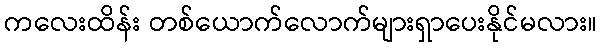
ကလေးထိန်း တစ်ယောက်လောက်များရှာပေးနိုင်မလား။